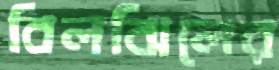
বিলঝিলের